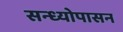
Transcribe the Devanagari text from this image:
सन्ध्याेपासन